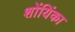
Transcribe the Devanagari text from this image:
शोंयिंका